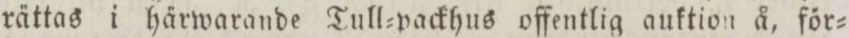
rättas i härwarande Tull=packhus offentlig auktion å, för=